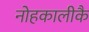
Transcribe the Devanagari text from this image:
नोहकालीकै